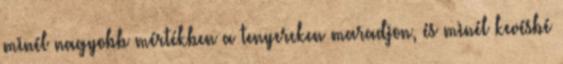
minél nagyobb mértékben a tenyereken maradjon, és minél kevésbé